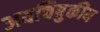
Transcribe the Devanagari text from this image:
अवचिबुकीय